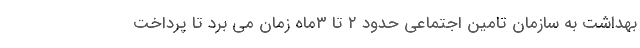
بهداشت به سازمان تامین اجتماعی حدود ۲ تا ۳ماه زمان می برد تا پرداخت